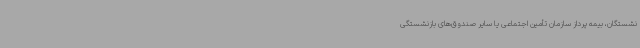
نشستگان، بیمه پرداز سازمان تأمین اجتماعی یا سایر صندوق‌های بازنشستگی